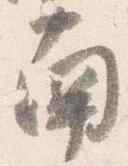
南